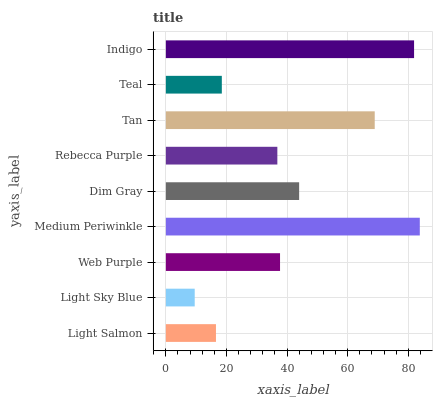
| yaxis_label | bars |
 | --- | --- |
 | Light Salmon | 16.5 |
 | Light Sky Blue | 9.52 |
 | Web Purple | 37.7 |
 | Medium Periwinkle | 83.8 |
 | Dim Gray | 44 |
 | Rebecca Purple | 36.8 |
 | Tan | 68.9 |
 | Teal | 18.5 |
 | Indigo | 81.9 |